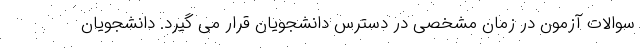
سوالات آزمون در زمان مشخصی در دسترس دانشجویان قرار می گیرد. دانشجویان